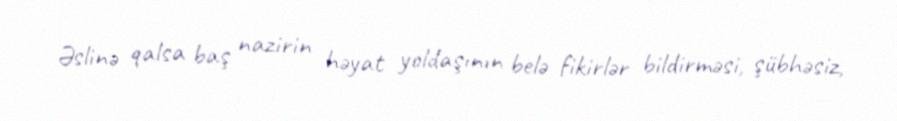
Əslinə qalsa baş nazirin həyat yoldaşının belə fikirlər bildirməsi, şübhəsiz,